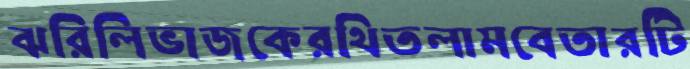
ঝরিলিভাজকেরথিতলামবেতারটি